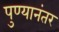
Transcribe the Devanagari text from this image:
पुण्यानंतर